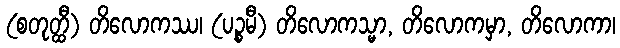
(စတုတ္ထီ) တိလောကဿ၊ (ပဉ္စမီ) တိလောကသ္မာ, တိလောကမှာ, တိလောကာ၊